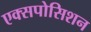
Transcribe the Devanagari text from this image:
एक्सपोसिशन